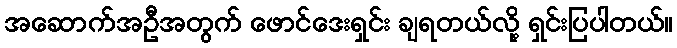
အဆောက်အဦအတွက် ဖောင်ဒေးရှင်း ချရတယ်လို့ ရှင်းပြပါတယ်။